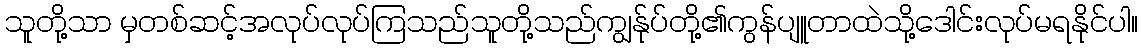
သူတို့သာ မှတစ်ဆင့်အလုပ်လုပ်ကြသည်သူတို့သည်ကျွန်ုပ်တို့၏ကွန်ပျူတာထဲသို့ဒေါင်းလုပ်မရနိုင်ပါ။